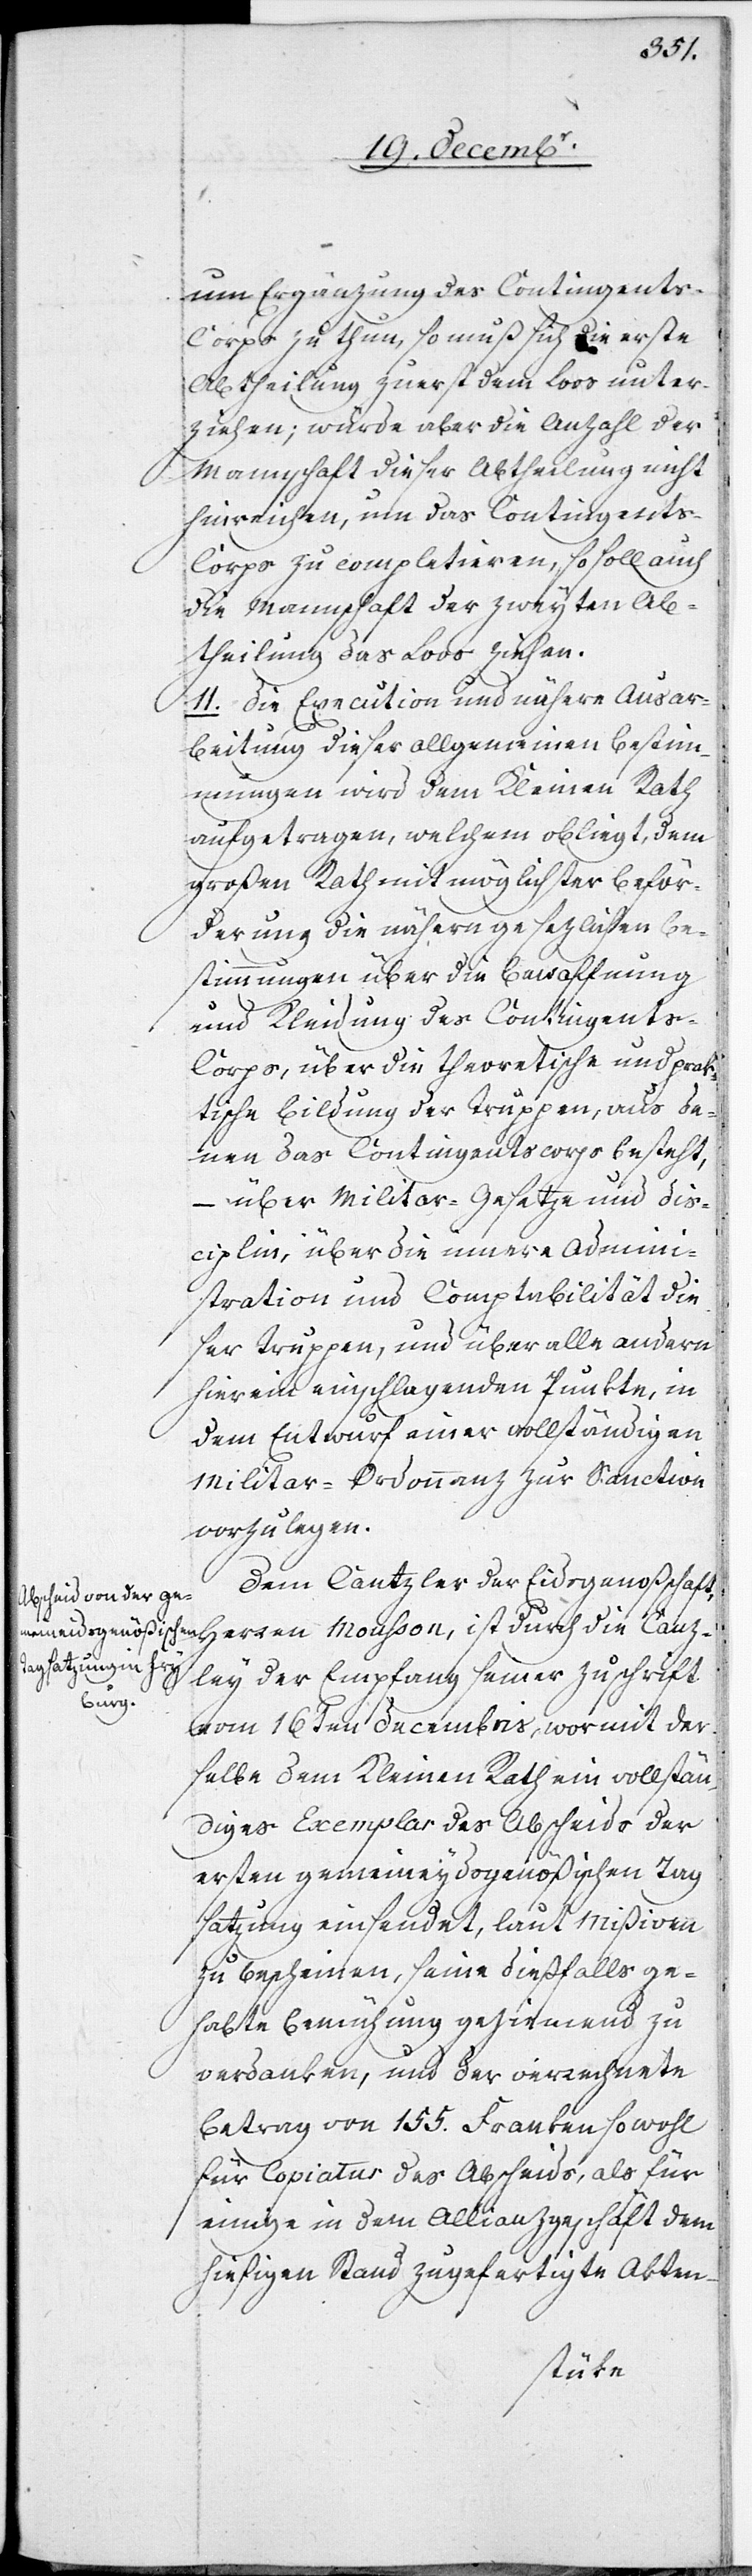
um Ergänzung des Contingent¬
s-Corps zu thun, so muß sich die erste
Abtheilung zuerst dem Loos unter¬
ziehen; würde aber die Anzahl der
Mannschaft dieser Abtheilung nicht
hinreichen, um das Contingents-C¬
orps zu completieren, so soll auch
die Mannschaft der zweyten Ab¬
theilung das Loos ziehen.
11. Die Execution und nähere Ausar¬
beitung dieser allgemeinen Bestim¬
mungen wird dem Kleinen Rath
aufgetragen, welchem obliegt, dem
Großen Rath mit möglichster Beför¬
derung die nähern gesezlichen Be¬
stimmungen über die Bewaffnung
und Kleidung des Contingent¬
s-Corps, über die theoretische und prak¬
tische Bildung der Truppen, aus de¬
nen des Contingentscorps besteht,
– über Militar-Gesetze und Dis¬
ciplin, über die innere Admini¬
stration und Comptabilität die¬
ser Truppen, und über alle andern
hierein einschlagenden Punkte, in
dem Entwurf einer vollständigen
Militar-Ordonnanz zur Sanction
vorzulegen.
Dem Cantzler der Eidsgenoßschaft,
Herren Mousson, ist durch die Ca¬
nzley der Empfang seiner Zuschrift
vom 16ten Decembris, wormit der¬
selbe dem Kleinen Rath ein vollstän¬
diges Exemplar des Abscheids der
ersten gemeineydsgenößischen Tag¬
satzung einsendet, laut Mißiven
zu bescheinen, seine dießfalls ge¬
habte Bemühung geziemend zu
verdanken, und der verrechnete
Betrag von 155. Franken sowohl
für Copiatur des Abscheids, als für
einige in dem Allianzgeschäft dem
hiesigen Stand zugefertigte Akten-